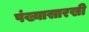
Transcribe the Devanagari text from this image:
पंख्यासारखी